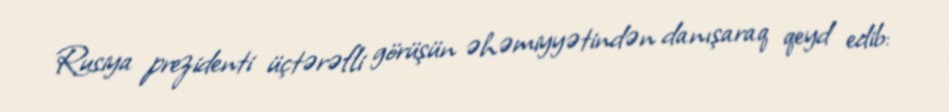
Rusiya prezidenti üçtərəfli görüşün əhəmiyyətindən danışaraq qeyd edib: